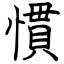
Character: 慣